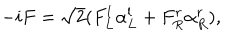
- i F = \sqrt { 2 } ( F _ { L } ^ { l } \alpha _ { L } ^ { l } + F _ { R } ^ { r } \alpha _ { R } ^ { r } ) ,